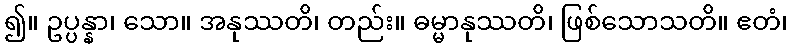
၍။ ဥပ္ပန္နာ၊ သော။ အနုဿတိ၊ တည်း။ ဓမ္မာနုဿတိ၊ ဖြစ်သောသတိ။ ဧတံ၊